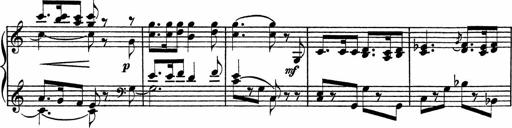
Title: Piano Sonatinas
Composer: Charles Fradel